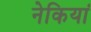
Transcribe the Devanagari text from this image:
नेकियां